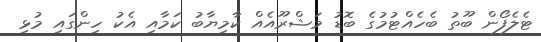
ޓެލެފޯން ބޫތު ބެހެއްޓުމުގެ ބޮޑު މަޝްރޫއެއް ކާމިޔާބު ކަމާއި އެކު ހިންގައި މުޅި